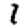
Digit: 1